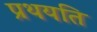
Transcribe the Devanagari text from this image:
प्रथयति